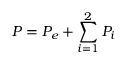
P = P _ { e } + \sum _ { i = 1 } ^ { 2 } P _ { i }